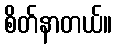
စိတ်နာတယ်။